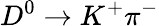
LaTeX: D^{0}\to K^{+}\pi^{-}